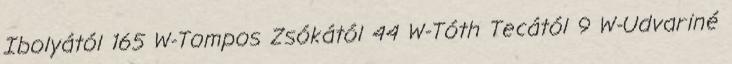
Ibolyától 165 W-Tompos Zsókától 44 W-Tóth Tecától 9 W-Udvariné